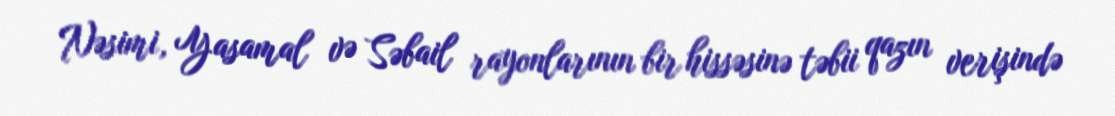
Nəsimi, Yasamal və Səbail rayonlarının bir hissəsinə təbii qazın verişində